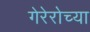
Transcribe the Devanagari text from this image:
गेरेरोच्या